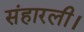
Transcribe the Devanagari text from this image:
संहारली।